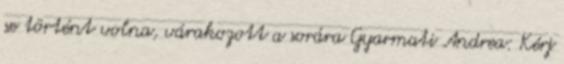
se történt volna, várakozott a sorára Gyarmati Andrea: Kérj